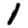
Digit: 1